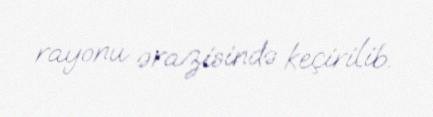
rayonu ərazisində keçirilib.